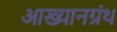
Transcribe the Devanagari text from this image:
आख्यानग्रंथ